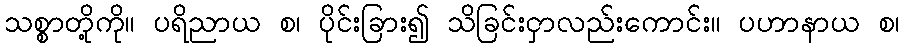
သစ္စာတို့ကို။ ပရိညာယ စ၊ ပိုင်းခြား၍ သိခြင်းငှာလည်းကောင်း။ ပဟာနာယ စ၊